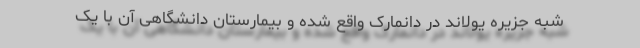
شبه جزیره یولاند در دانمارک واقع شده و بیمارستان دانشگاهی آن با یک